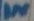
Text: IN